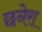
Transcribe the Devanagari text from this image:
छनेरा